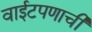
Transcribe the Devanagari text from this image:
वाईटपणाची